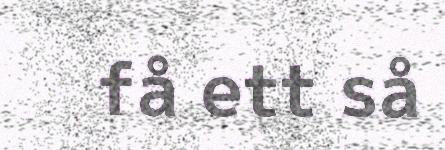
få ett så